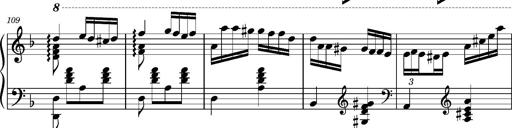
Title: Ungarischer Romanzero
Composer: Franz Liszt